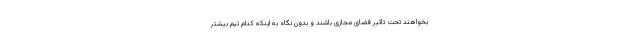
بخواهند تحت تاثیر فضای مجازی باشند و بدون نگاه به اینکه کدام تیم بیشتر